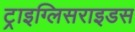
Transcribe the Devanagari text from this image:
ट्राइग्लिसराइडस